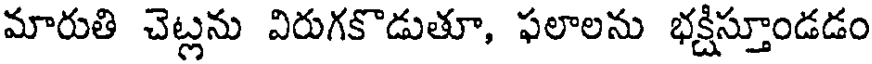
మారుతి చెట్లను విరుగకొడుతూ, ఫలాలను భక్షిస్తూండడం